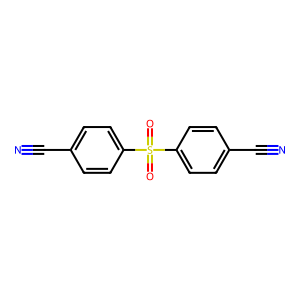
SMILES: N#Cc1ccc(S(=O)(=O)c2ccc(C#N)cc2)cc1
Inhibits HIV replication: No